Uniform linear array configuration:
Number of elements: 24
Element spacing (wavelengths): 0.25
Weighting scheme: cosine
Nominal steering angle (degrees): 60
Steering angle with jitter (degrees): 60.883
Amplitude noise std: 0.05
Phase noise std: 0.05

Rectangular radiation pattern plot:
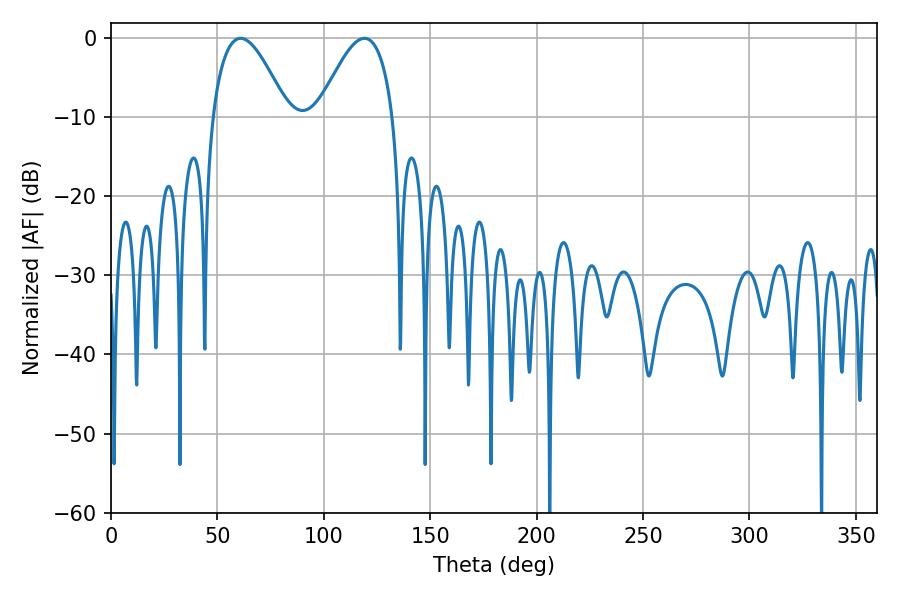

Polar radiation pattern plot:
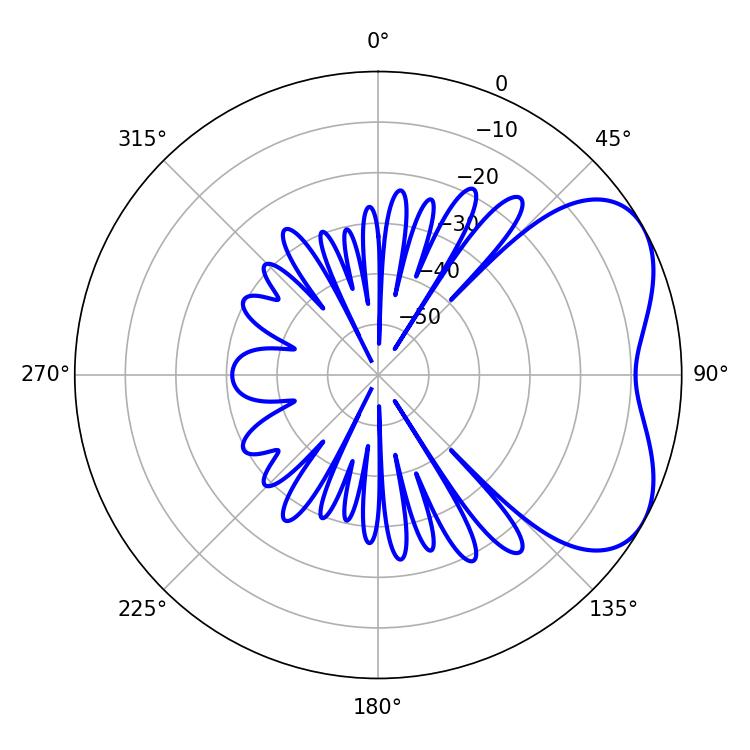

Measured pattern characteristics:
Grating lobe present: FALSE
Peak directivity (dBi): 4.776
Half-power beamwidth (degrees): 19.08
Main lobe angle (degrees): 60.84